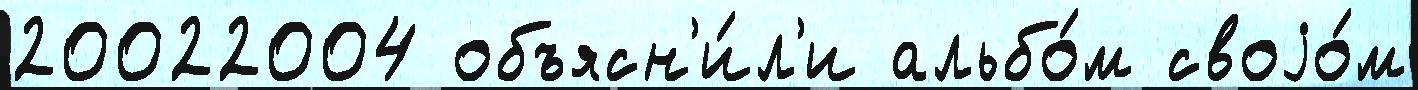
20022004 объясн'и́л'и альбо́м своjо́м